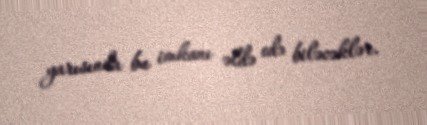
yarısında bu imkanı əldə edə biləcəklər.